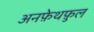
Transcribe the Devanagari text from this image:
अनफ़ेथफ़ुल